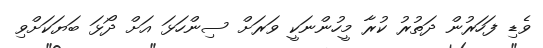
ވެޑި ފަހަރުން ދަތުރު ކުރާ މީހުންނަކީ ވަރަށް ސިންހަޅަ އަށް ދޯޅަ ބަޔަކަށްވި